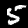
Digit: 5